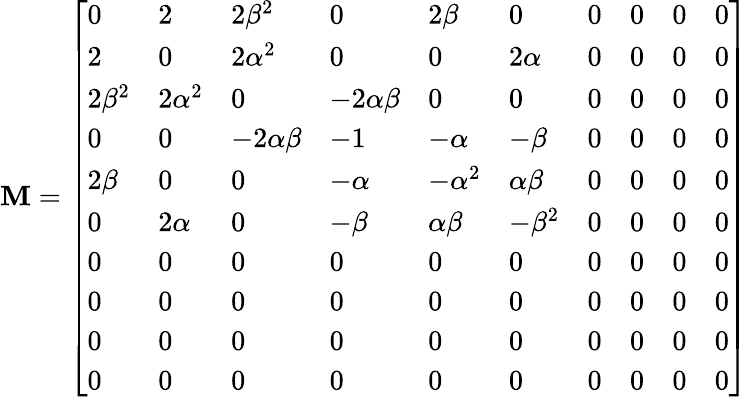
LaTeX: \mathbf{M}=\left[\begin{array}{llllllllll}{0}&{2}&{2\beta^{2}}&{0}&{2\beta}&{0}&{0}&{0}&{0}&{0}\\ {2}&{0}&{2\alpha^{2}}&{0}&{0}&{2\alpha}&{0}&{0}&{0}&{0}\\ {2\beta^{2}}&{2\alpha^{2}}&{0}&{-2\alpha\beta}&{0}&{0}&{0}&{0}&{0}&{0}\\ {0}&{0}&{-2\alpha\beta}&{-1}&{-\alpha}&{-\beta}&{0}&{0}&{0}&{0}\\ {2\beta}&{0}&{0}&{-\alpha}&{-\alpha^{2}}&{\alpha\beta}&{0}&{0}&{0}&{0}\\ {0}&{2\alpha}&{0}&{-\beta}&{\alpha\beta}&{-\beta^{2}}&{0}&{0}&{0}&{0}\\ {0}&{0}&{0}&{0}&{0}&{0}&{0}&{0}&{0}&{0}\\ {0}&{0}&{0}&{0}&{0}&{0}&{0}&{0}&{0}&{0}\\ {0}&{0}&{0}&{0}&{0}&{0}&{0}&{0}&{0}&{0}\\ {0}&{0}&{0}&{0}&{0}&{0}&{0}&{0}&{0}&{0}\end{array}\right]